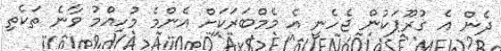
ދެން އެ ގުރޫޕަކުން ޖެހެނީ އެ މެމްބަރަކަށް އެންމެ މުހިއްމު ވާނެ ތަކެތި